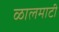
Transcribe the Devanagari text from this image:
ळालमाटी